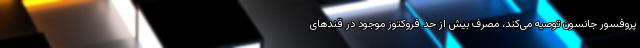
پروفسور جانسون توصیه می‌کند، مصرف بیش از حد فروکتوز موجود در قند‌های